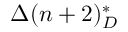
\Delta ( n + 2 ) _ { D } ^ { * }